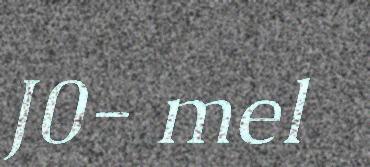
J0- mel